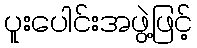
ပူးပေါင်းအဖွဲ့ဖြင့်